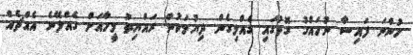
ހުންނަ ފައިސާ ނުހައްގު ގޮތުގައި ގެއްލިގެން ދިޔުމަކުން ރައްޔިތު މީހާއަށް ގެއްލޭނެ އެއްޗެއް